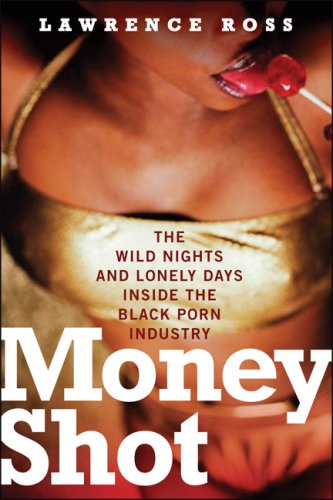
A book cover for Money Shot: The Wild Nights and Lonely Days Inside the Black Porn Industry; Lawrence C. Ross  Jr.; Politics & Social Sciences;